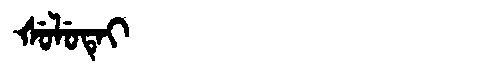
Manchu: ᡧᡠᠯᡠᡨᡝᡳ
Romanization: ŠULUTEI